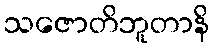
သဇောတိဘူတာနိ